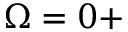
\Omega = 0 +